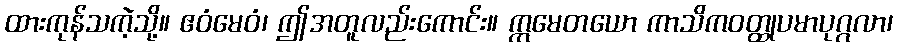
ထားကုန်သကဲ့သို့။ ဧဝံမေဝံ၊ ဤအတူလည်းကောင်း။ ဣမေတယော ကာသိကဝတ္ထုပမာပုဂ္ဂလာ၊